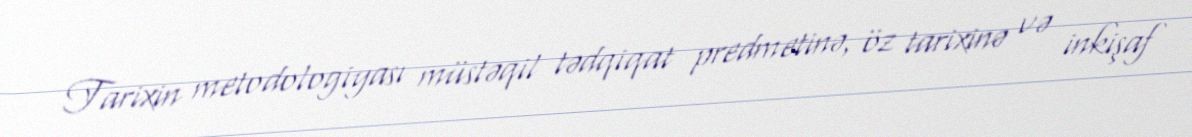
Tarixin metodologiyası müstəqil tədqiqat predmetinə, öz tarixinə və inkişaf